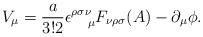
LaTeX: \begin{align*}V_{\mu}=\frac{a}{3!2}\epsilon^{\rho\sigma\nu}_{~~~\mu}F_{\nu\rho\sigma}(A)-\partial_{\mu}\phi .\end{align*}